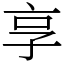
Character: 享